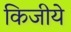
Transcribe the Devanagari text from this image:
किजीये